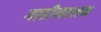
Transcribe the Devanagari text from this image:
गाडीमालक